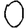
Digit: 0